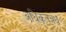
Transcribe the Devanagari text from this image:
अधिकृतबंध